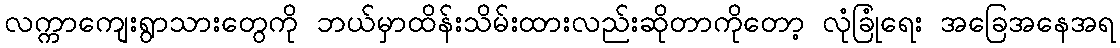
လက္ကာကျေးရွာသားတွေကို ဘယ်မှာထိန်းသိမ်းထားလည်းဆိုတာကိုတော့ လုံခြုံရေး အခြေအနေအရ